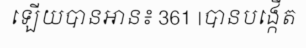
ឡើយបានអាន៖ 361 |បានបង្កើត